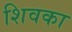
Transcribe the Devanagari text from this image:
शिवका